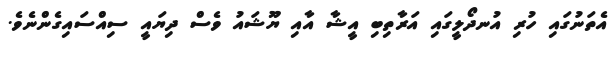
އެތަނުގައި ހުރި އުނދޯލީގައި އަރާތިބި އީޝާ އާއި ޔޫޝައު ވެސް ދިޔައީ ސިއްސައިގެންނެވެ.